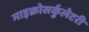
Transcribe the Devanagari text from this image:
माइक्रोसर्कुलेटरी